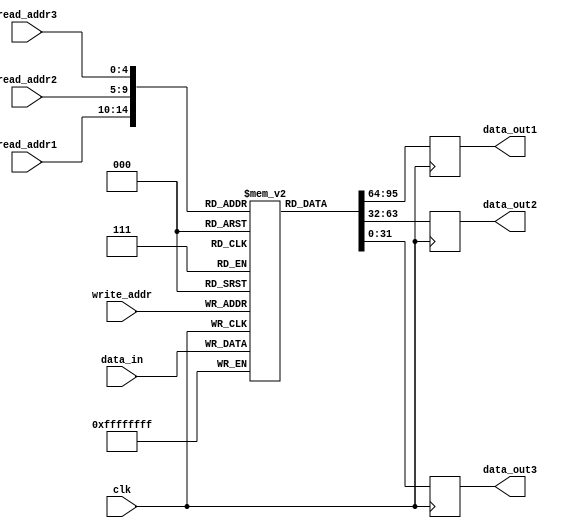
module triple_port_register_file (
  input wire clk, // clock input
  input wire [4:0] read_addr1, // read address for port 1
  input wire [4:0] read_addr2, // read address for port 2
  input wire [4:0] read_addr3, // read address for port 3
  input wire [4:0] write_addr, // write address
  input wire [31:0] data_in, // data input for write operation
  
  output reg [31:0] data_out1, // data output for port 1
  output reg [31:0] data_out2, // data output for port 2
  output reg [31:0] data_out3 // data output for port 3
);

// Declare memory blocks for register file
reg [31:0] mem [31:0];

// Read data from memory blocks based on read addresses
always @ (posedge clk) begin
  data_out1 <= mem[read_addr1];
  data_out2 <= mem[read_addr2];
  data_out3 <= mem[read_addr3];
end

// Write data to memory block based on write address
always @ (posedge clk) begin
  mem[write_addr] <= data_in;
end

endmodule